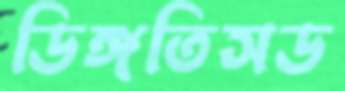
ডিঙ্গতিসড